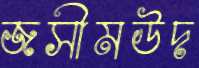
জসীমউদ